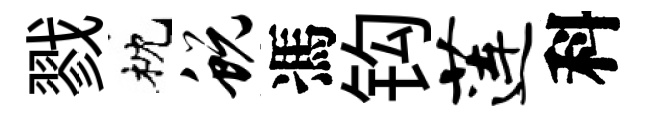
戮枕蜕馮钩莲科